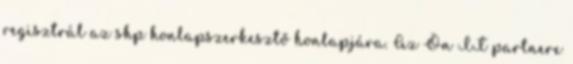
regisztrál az shp honlapszerkesztő honlapjára. Az Ön IT partnere